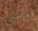
وغبي